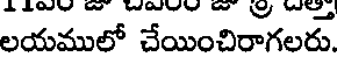
లయములో చేయించిరాగలరు.